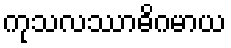
ကုသလဿာဓိဂမာယ